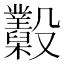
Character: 𣫩